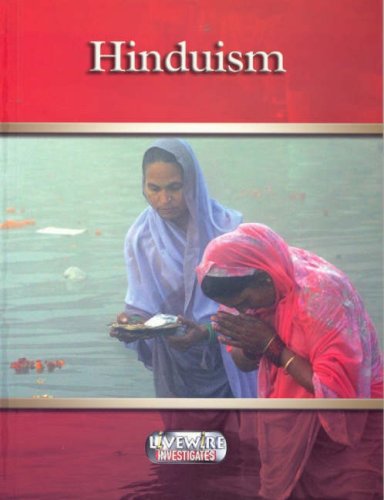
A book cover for Livewire Investigates Hinduism (Livewires); Chris Hartney; Children's Books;